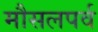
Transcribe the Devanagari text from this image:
मौसलपर्व